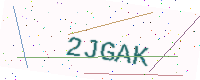
Text: 2JGAK